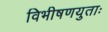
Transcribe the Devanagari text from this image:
विभीषणयुताः